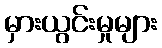
မှားယွင်းမှုများ